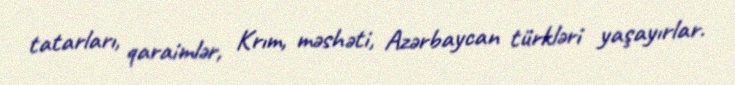
tatarları, qaraimlər, Krım, məshəti, Azərbaycan türkləri yaşayırlar.